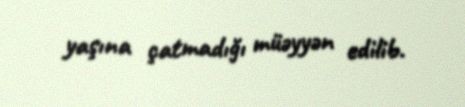
yaşına çatmadığı müəyyən edilib.